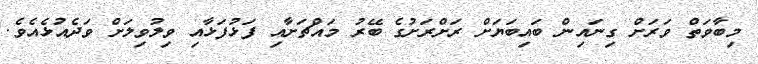
މިބާވަތް ވަރަށް ގިނައިން ބައިބަޔަށް ރަށްރަށުގެ ބޭރު މައްޗަށާއި ފަޅުފަޅާއި ވިލުވިލަށް ވަދެއުޅެއެވެ.